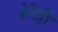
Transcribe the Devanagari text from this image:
सेरेट्टी